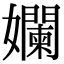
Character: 孄